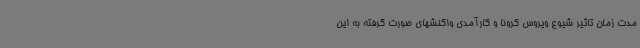
مدت زمان تاثیر شیوع ویروس کرونا و کارآمدی واکنشهای صورت گرفته به این